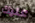
عليك